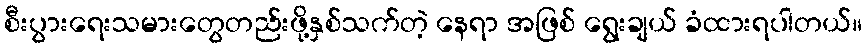
စီးပွားရေးသမားတွေတည်းဖို့နှစ်သက်တဲ့ နေရာ အဖြစ် ရွေးချယ် ခံထားရပါတယ်။